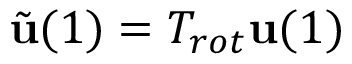
\tilde { \mathbf { u } } ( 1 ) = T _ { r o t } \mathbf { u } ( 1 )